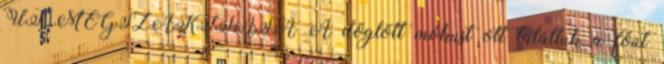
ÚT MEGSZAKÍTÁSA A döglött mókust ott találtuk a főút